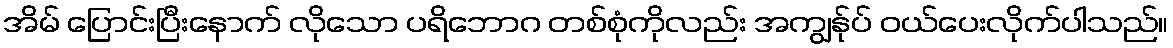
အိမ် ပြောင်းပြီးနောက် လိုသော ပရိဘောဂ တစ်စုံကိုလည်း အကျွန်ုပ် ဝယ်ပေးလိုက်ပါသည်။